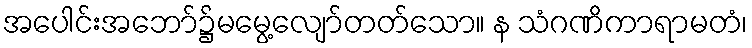
အပေါင်းအဘော်၌မမွေ့လျော်တတ်သော။ န သံဂဏိကာရာမတံ၊